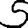
Digit: 5